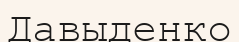
Давыденко